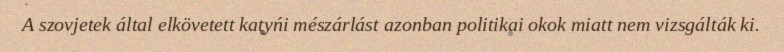
A szovjetek által elkövetett katyńi mészárlást azonban politikai okok miatt nem vizsgálták ki.